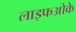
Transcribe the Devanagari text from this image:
लाइफओके